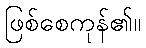
ဖြစ်စေကုန်၏။